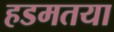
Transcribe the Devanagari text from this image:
हडमतया